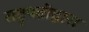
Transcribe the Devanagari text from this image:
राष्टृपतींद्वारा